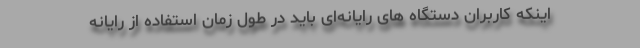
اینکه کاربران دستگاه های رایانه‌ای باید در طول زمان استفاده از رایانه